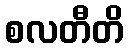
စလတီတိ